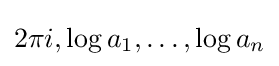
2\pi i,\log a_{1},\ldots ,\log a_{n}